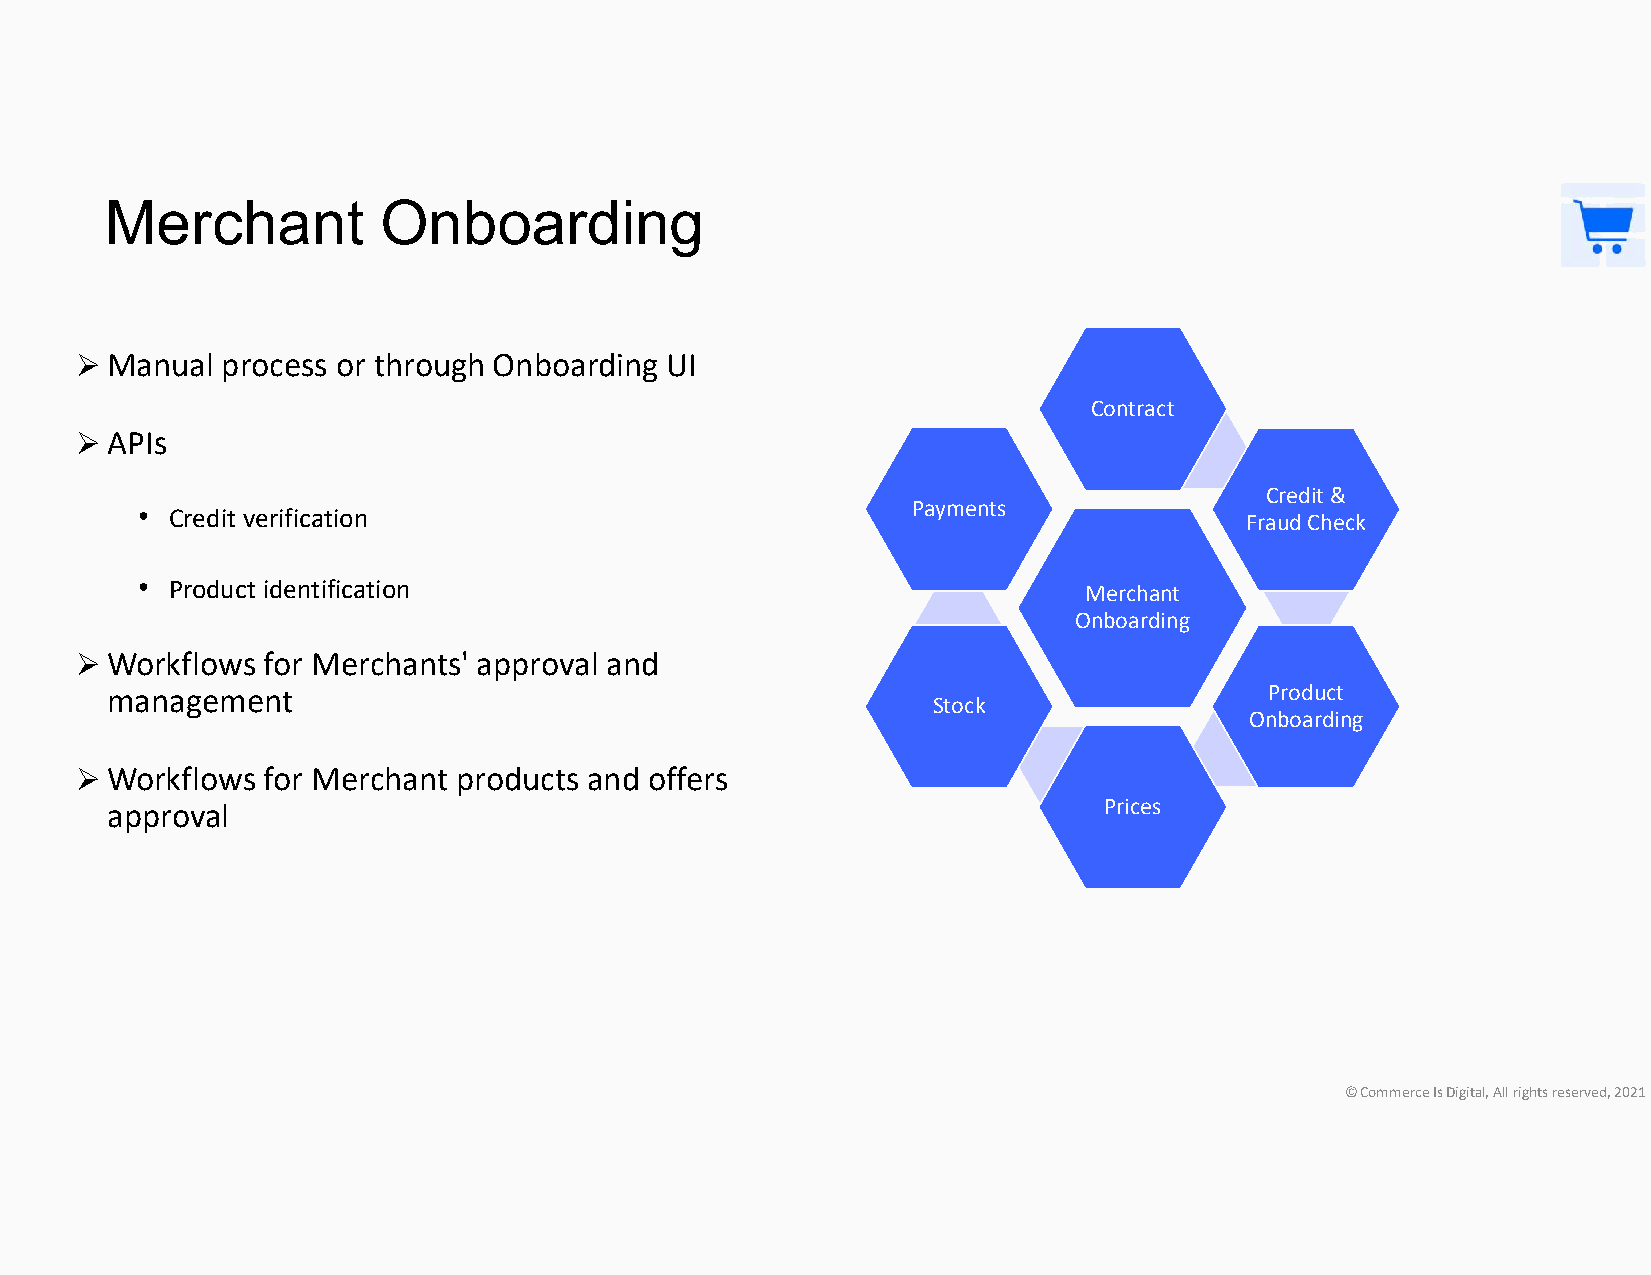
Merchant          Onboarding
  Manual  process or through Onboarding UI
 Contract
  APIs
 Credit &
 • Credit verification                              Payments              Fraud Check
 • Product identification                                       Merchant
 Onboarding
  Workflows for Merchants' approval and
 management                                                                   Product
 Stock
 Onboarding
  Workflows for Merchant products and offers
 approval                                                          Prices
 © Commerce Is Digital, All rights reserved, 2021